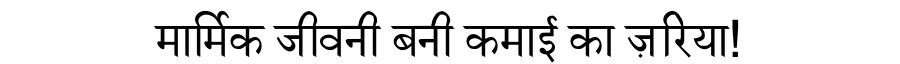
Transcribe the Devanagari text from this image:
मार्मिक जीवनी बनी कमाई का ज़रिया!